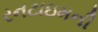
રનટાઇમની